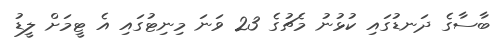
ބާސާގެ ދަނޑުގައި ކުޅުނު މެޗުގެ 23 ވަނަ މިނިޓުގައި އެ ޓީމަށް ލީޑު